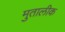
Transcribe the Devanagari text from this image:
मुतालीक